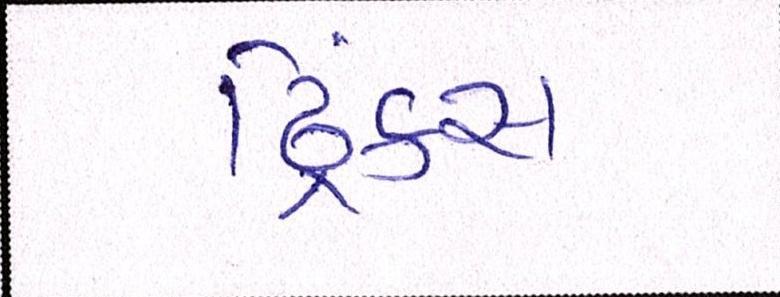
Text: ડ્રિંક્સ